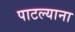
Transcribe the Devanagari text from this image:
पाटल्याना